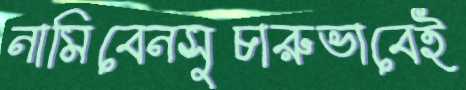
নামিবেনসুচারুভাবেই